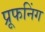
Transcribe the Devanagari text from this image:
प्रूफनिंग